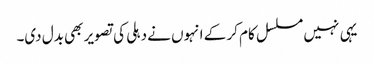
یہی نہیں مسلسل کام کر کے انہوں نے دہلی کی تصویر بھی بدل دی۔